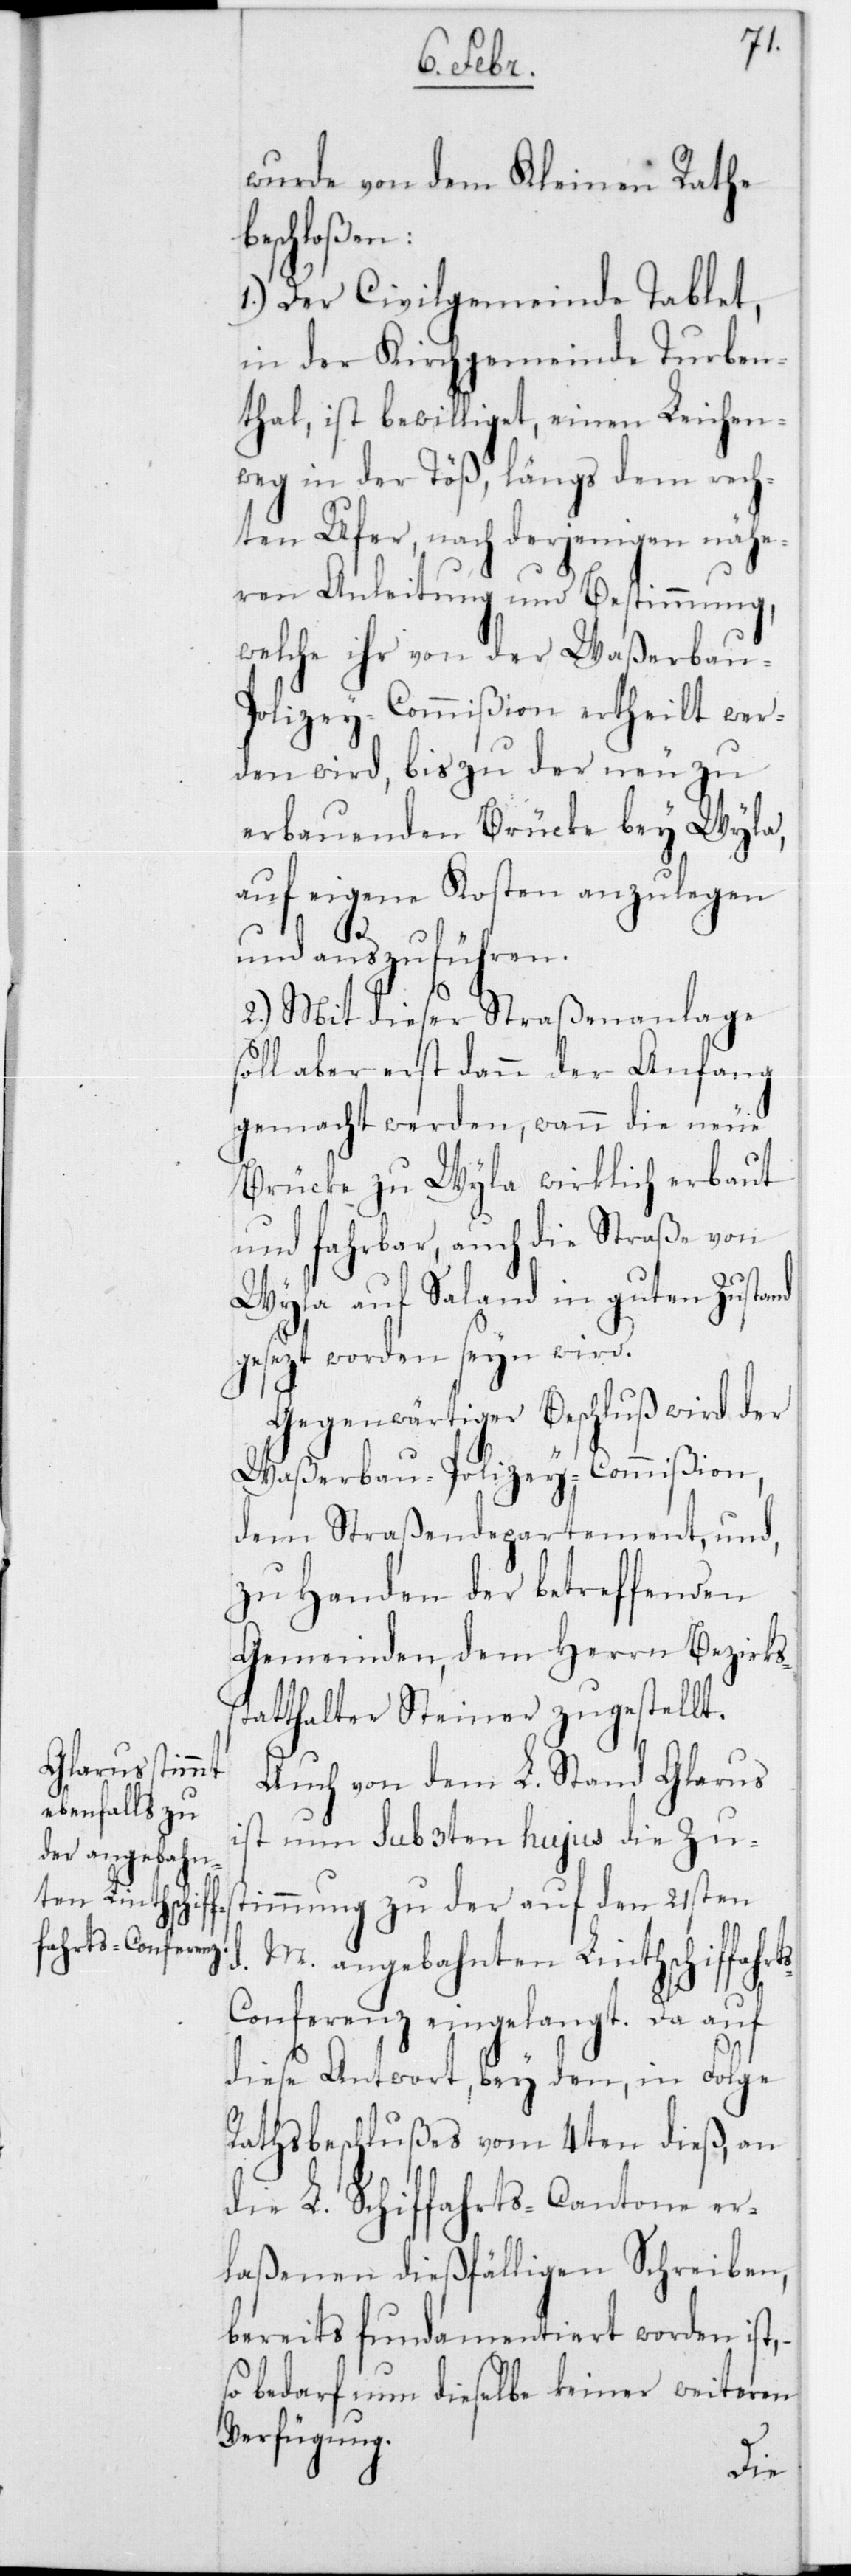
s¬
ts-C¬
wurde von dem Kleinen Rathe
beschloßen:
1.) Der Civilgemeinde Tablat,
in der Kirchgemeinde Turben¬
thal, ist bewilliget, einen Leichen¬
weg in der Töß, längs dem rech¬
ten Ufer, nach derjenigen nähe¬
ren Anleitung und Bestimmung,
welche ihr von der Waßerbau-P¬
olizey-Commißion ertheilt wer¬
den wird, bis zu der neu zu
erbauenden Brücke bey Wyla,
auf eigene Kosten anzulegen
und auszuführen.
2.) Mit dieser Straßenanlage
soll aber erst dann der Anfang
gemacht werden, wann die neue
Brücke zu Wyla wirklich erbaut
und fahrbar, auch die Straße von
Wyla auf Saland in guten Zustand
gesezt worden seyn wird.
Gegenwärtiger Beschluß wird der
Waßerbau-Polizey-Commißion,
dem Straßendepartement, und,
zu Handen der betreffenden
Gemeinden, dem Herrn Bezirks¬
tatthalter Steiner zugestellt.
Auch von dem L. Stand Glarus
ist nun sub 3ten hujus die Zu¬
stimmung zu der auf den 21sten
M. angebahnten Linthschiffahr¬
onferenz eingelangt. Da auf
diese Antwort, bey den, in Folge
Rathsbeschlußes vom 4ten dieß, an
die L. Schiffahrts-Cantone er¬
laßenen dießfälligen Schreiben,
bereits fundamentiert worden ist,
so bedarf nun dieselbe keiner weiteren
Verfügung.